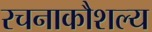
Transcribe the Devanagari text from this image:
रचनाकौशल्य